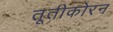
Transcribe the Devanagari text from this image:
तूतीकोरन